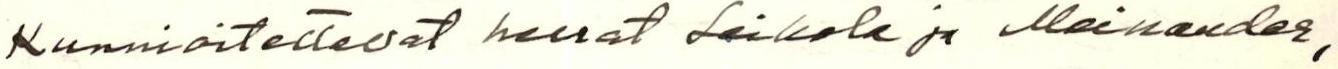
Kunnioitettavat herrat Leikola ja Meinander,